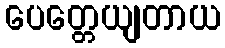
ပေတ္တေယျတာယ